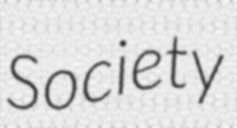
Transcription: Society